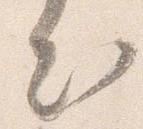
出